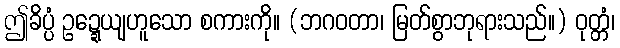
ဤခိပ္ပံ ဥဍ္ဍေယျဟူသော စကားကို။ (ဘဂဝတာ၊ မြတ်စွာဘုရားသည်။) ဝုတ္တံ၊